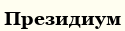
Президиум